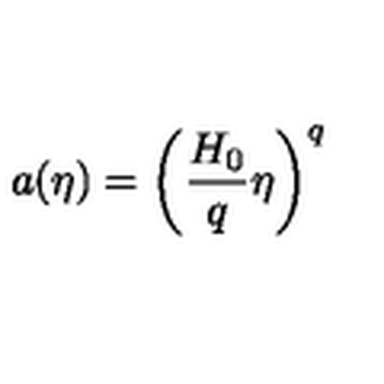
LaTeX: a ( \eta ) = \left( \frac { H _ { 0 } } { q } \eta \right) ^ { q }